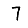
Digit: 7